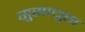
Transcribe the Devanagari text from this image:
सुसाधुता